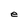
Character: e